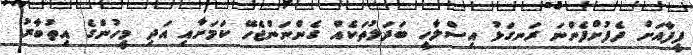
ފީފާއަށް ދެފުށްފެންނަ ރަނގަޅު އިސްލާހީ ބަދަލުތަކެއް ގެންނަންޖެހޭ ކަމަށާއި އަދި މީހުންގެ އިތުބާރު